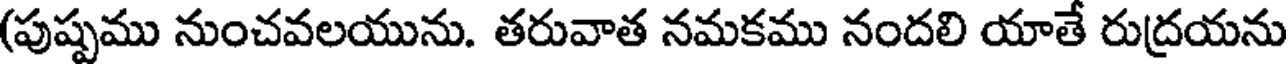
(పుష్పము నుంచవలయును. తరువాత నమకము నందలి యాతే రుద్రయను